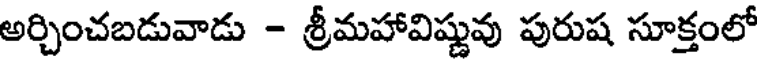
అర్చించబడువాడు - శ్రీమహావిష్ణువు పురుష సూక్తంలో